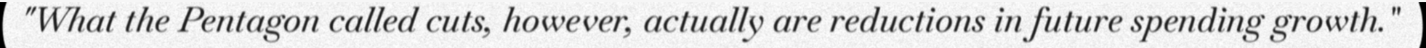
"What the Pentagon called cuts, however, actually are reductions in future spending growth."